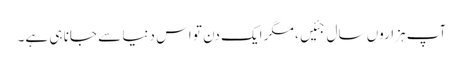
آپ ہزاروں سال جئیں، مگر ایک دن تو اس دنیا سے جانا ہی ہے۔